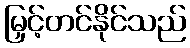
မြှင့်တင်နိုင်သည်